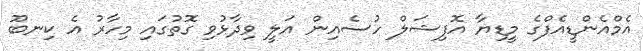
އެމްއެންޑީއެފްގެ މީީޑިޔާ އޮފިޝަލް ހުސެއިން އަލީ ވިދާޅުވި ގޮތުގައި މިހާރު އެ ކިނބޫ